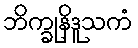
ဘိက္ခုနိဒူသကံ